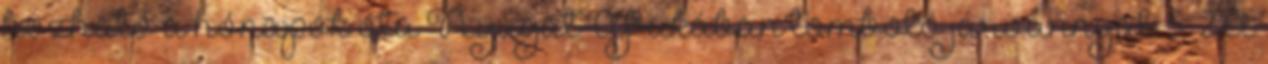
hozható a hónapok óta Nyugat-Afrikában tomboló járvánnyal. 5 2 A